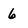
Character: 6